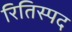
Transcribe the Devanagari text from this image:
रितिस्पद